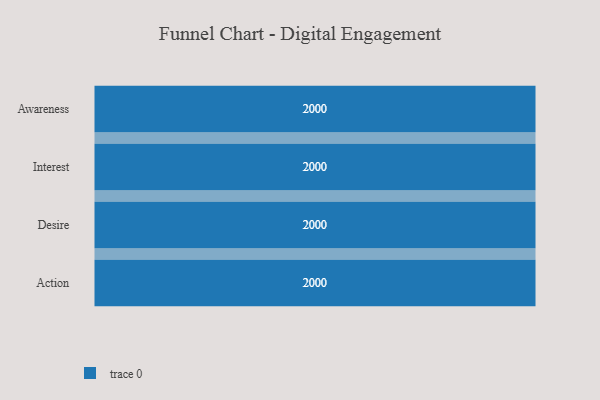
{"axis": {"x": "Stage", "y": "Value"}, "legend": [""], "data": [{"x": "Awareness", "y": 2000, "type": ""}, {"x": "Interest", "y": 2000, "type": ""}, {"x": "Desire", "y": 2000, "type": ""}, {"x": "Action", "y": 2000, "type": ""}]}